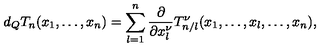
d _ { Q } T _ { n } ( x _ { 1 } , \ldots , x _ { n } ) = \sum _ { l = 1 } ^ { n } \frac { \partial } { \partial x _ { l } ^ { \nu } } T _ { n / l } ^ { \nu } ( x _ { 1 } , \ldots , x _ { l } , \ldots , x _ { n } ) ,